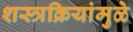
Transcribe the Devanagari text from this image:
शस्त्रक्रियांमुळे